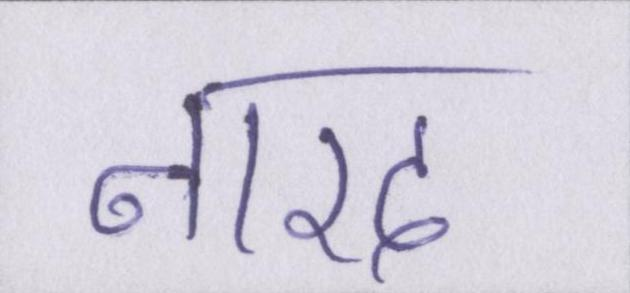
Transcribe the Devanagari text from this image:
नारद